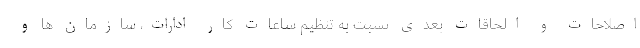
اصلاحات و الحاقات بعدی نسبت به تنظیم ساعات کار ادارات، سازمان ها و